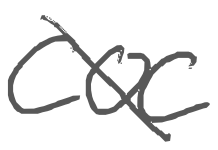
Text: COC
Cross-out: mix
Writing tool: digital_gray